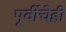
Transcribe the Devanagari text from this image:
पूर्वीचेही